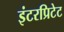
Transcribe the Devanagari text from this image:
इंटरप्रिटेट